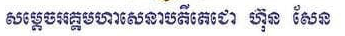
សម្ដេចអគ្គមហាសេនាបតីតេជោ ហ៊ុន សែន